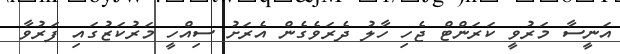
އަނީސާ މަރުވީ ކަރަންޓް ޖެހި ހާލު ދެރަވެގެން އެރަށު ސިއްހީ މަރުކަޒުގައި ފަރުވާ